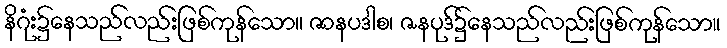
နိဂုံး၌နေသည်လည်းဖြစ်ကုန်သော။ ဇာနပဒါစ၊ ဇနပုဒ်၌နေသည်လည်းဖြစ်ကုန်သော။